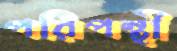
পরিপন্থী